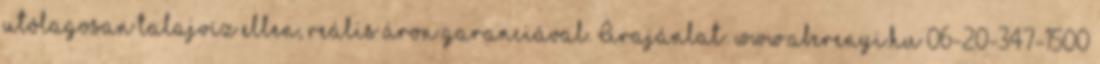
utólagosan talajvíz ellen, reális áron garanciával. Árajánlat: www.aberenyi.hu 06-20-347-1500